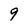
Character: 9